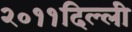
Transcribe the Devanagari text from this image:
२०११दिल्ली